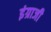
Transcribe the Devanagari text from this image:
इंग्राजी